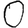
Digit: 0